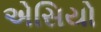
એસિયો